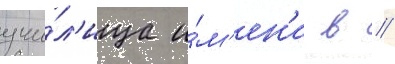
учи́л'ища и́м'ен'и в //